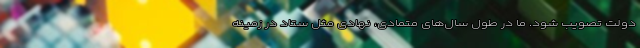
دولت تصویب شود. ما در طول سال‌های متمادی، نهادی مثل ستاد در زمینه